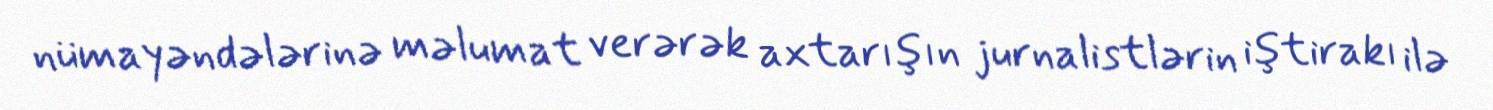
nümayəndələrinə məlumat verərək axtarışın jurnalistlərin iştirakı ilə